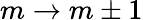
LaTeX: m\rightarrow m\pm 1